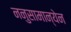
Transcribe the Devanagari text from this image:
ननुसामान्येन